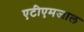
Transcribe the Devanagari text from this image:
एटीएमजाल